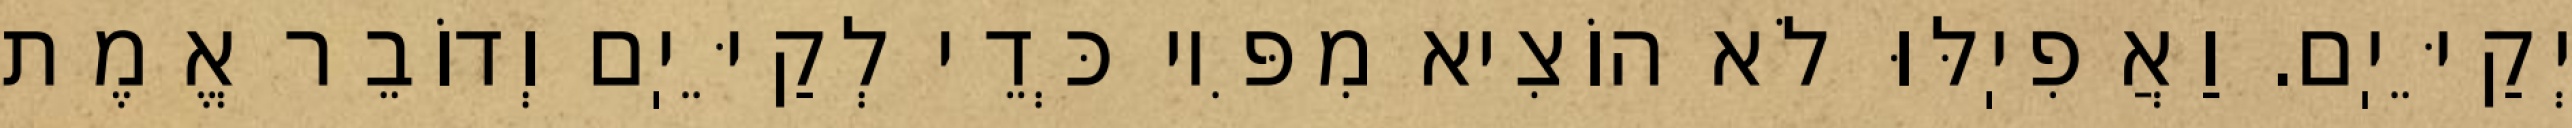
יְקַיֵּיֽם. וַאֲפִיֽלּוּ לֹא הוֹצִיא מִפִּיו כְּדֵי לְקַיֵּיֽם וְדוֹבֵר אֱמֶת